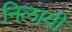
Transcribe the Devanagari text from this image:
निलायी